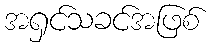
အရှင်သခင်အဖြစ်